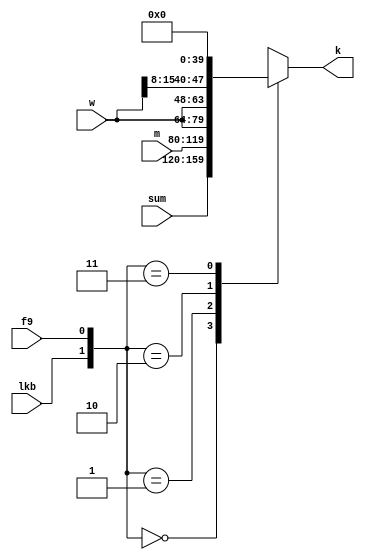
module k(
	input lkb,
	input f9,
	input [0:39] sum,
	input [0:39] m,
	input [0:15] w,
	output [0:39] k
);

	always @ (*) begin
		case ({lkb, f9})
			2'b00: k <= sum;
			2'b01: k <= m;
			2'b10: k <= {w[0:15], w[0:15], w[0:7]};
			2'b11: k <= 40'd0;
		endcase
	end

endmodule